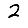
Digit: 2